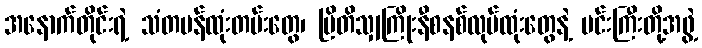
အနောက်တိုင်းရဲ့ သံတမန်ထုံးတမ်းတွေ၊ ဗြိတိသျှကြိုးနီစနစ်လုပ်ထုံးတွေနဲ့ မင်းကြီးတို့အဖွဲ့